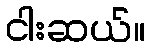
ငါးဆယ်။